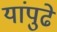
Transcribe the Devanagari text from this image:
यांपुढे